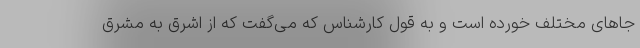
جا‌های مختلف خورده است و به قول کارشناس که می‌گفت که از اشرق به مشرق